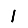
Digit: 1